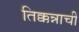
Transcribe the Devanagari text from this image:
तिक्कन्नाची